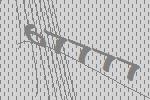
67777